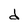
Character: d